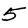
Digit: 5